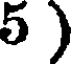
5 )